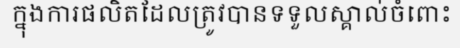
ក្នុងការផលិតដែលត្រូវបានទទួលស្គាល់ចំពោះ